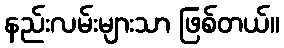
နည်းလမ်းများသာ ဖြစ်တယ်။